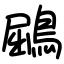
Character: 鶌